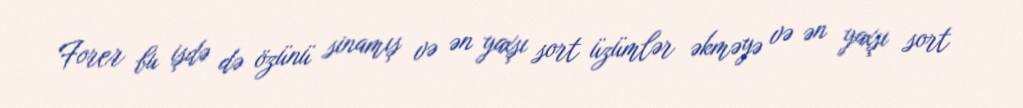
Forer bu işdə də özünü sinamış və ən yaxşı sort üzümlər əkməyə və ən yaxşı sort